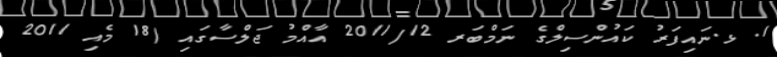
1. ޅ.ނައިފަރު ކައުންސިލްގެ ނަމްބަރ 2011/12 އާއްމު ޖަލްސާގައި (18 މެއި 2011